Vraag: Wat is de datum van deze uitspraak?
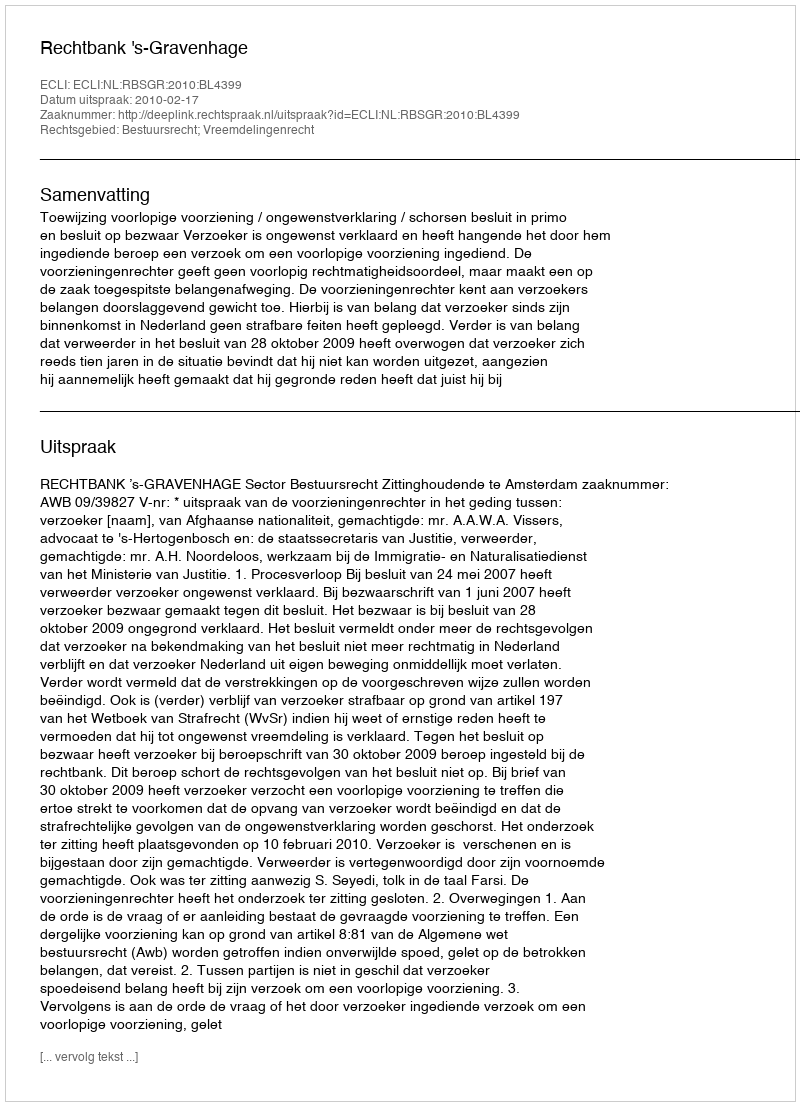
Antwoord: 2010-02-17